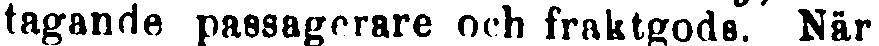
tagande passagerare och fraktgods. När